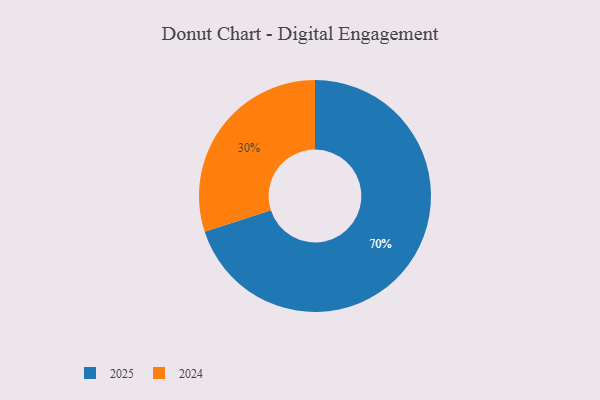
{"axis": {"x": "Category", "y": "Percentage"}, "legend": ["2024", "2025"], "data": [{"x": "2025", "y": 70, "type": "2025"}, {"x": "2024", "y": 30, "type": "2024"}]}